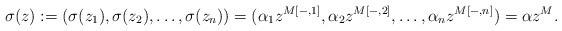
LaTeX: \begin{align*} \sigma(z):=(\sigma(z_1),\sigma(z_2),\dots,\sigma(z_n)) =(\alpha_1z^{M[-,1]},\alpha_2z^{M[-,2]},\dots,\alpha_nz^{M[-,n]}) =\alpha z^M.\end{align*}